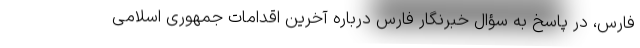
فارس، در پاسخ به سؤال خبرنگار فارس درباره آخرین اقدامات جمهوری اسلامی